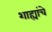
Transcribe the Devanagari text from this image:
शाह्यांचे